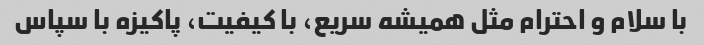
با سلام و احترام مثل همیشه سریع، با کیفیت، پاکیزه با سپاس